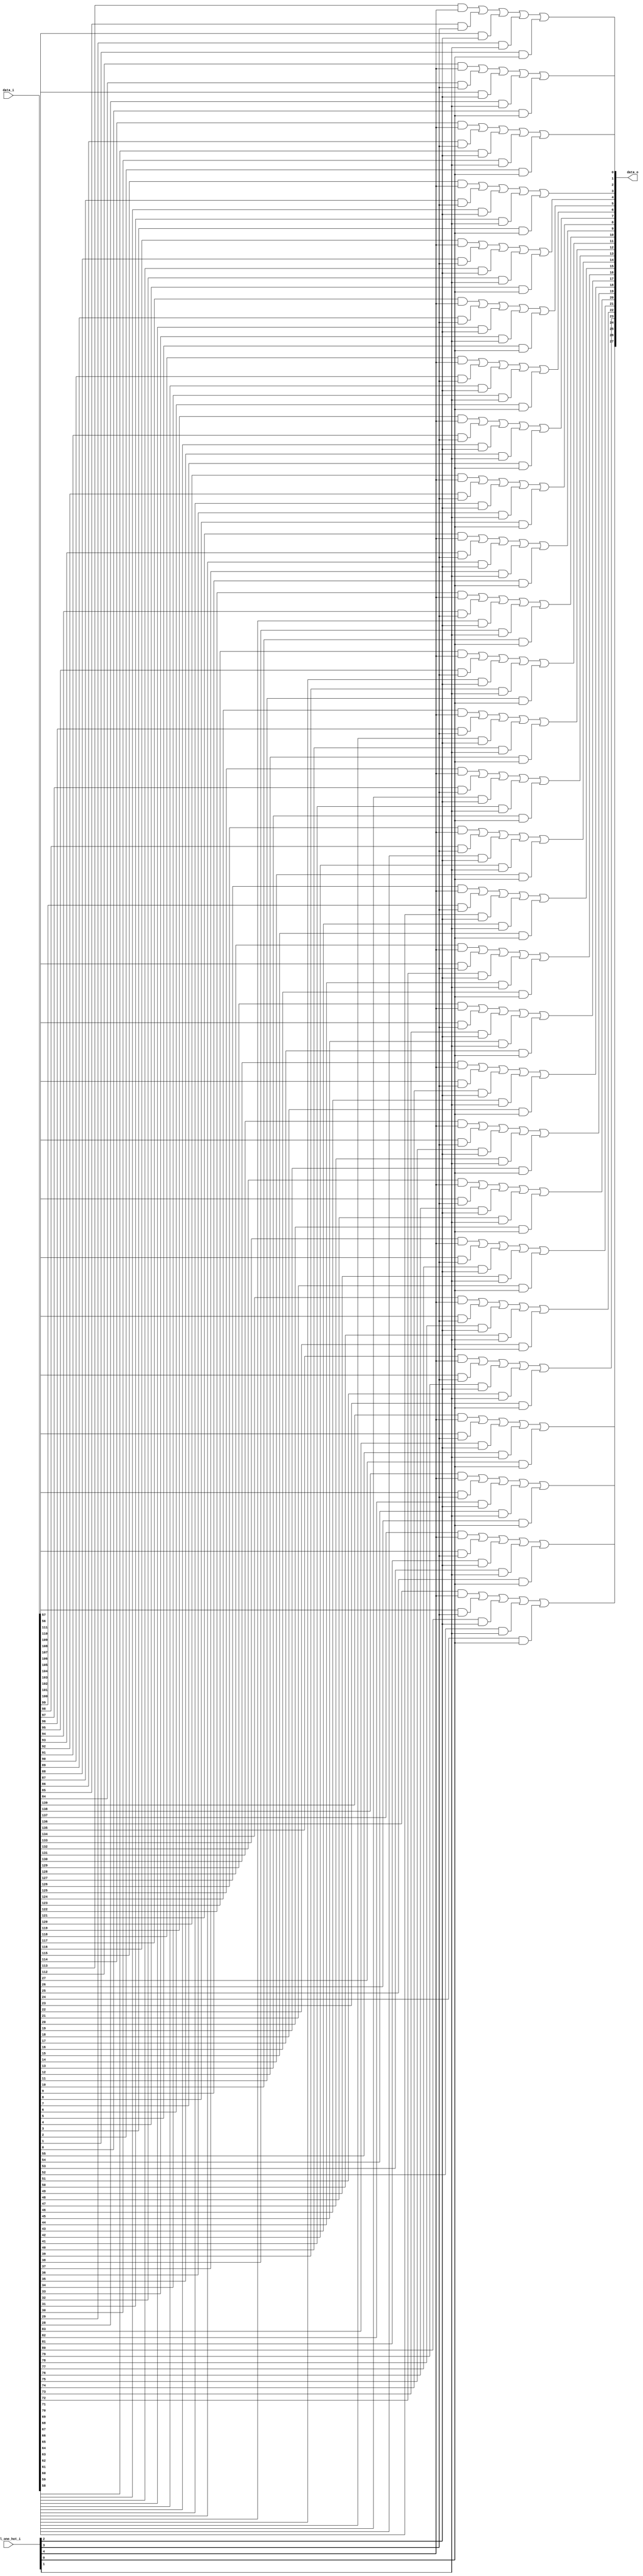
module bsg_mux_one_hot_width_p28_els_p5
(
  data_i,
  sel_one_hot_i,
  data_o
);

  input [139:0] data_i;
  input [4:0] sel_one_hot_i;
  output [27:0] data_o;
  wire [27:0] data_o;
  wire N0,N1,N2,N3,N4,N5,N6,N7,N8,N9,N10,N11,N12,N13,N14,N15,N16,N17,N18,N19,N20,N21,
  N22,N23,N24,N25,N26,N27,N28,N29,N30,N31,N32,N33,N34,N35,N36,N37,N38,N39,N40,N41,
  N42,N43,N44,N45,N46,N47,N48,N49,N50,N51,N52,N53,N54,N55,N56,N57,N58,N59,N60,N61,
  N62,N63,N64,N65,N66,N67,N68,N69,N70,N71,N72,N73,N74,N75,N76,N77,N78,N79,N80,N81,
  N82,N83;
  wire [139:0] data_masked;
  assign data_masked[27] = data_i[27] & sel_one_hot_i[0];
  assign data_masked[26] = data_i[26] & sel_one_hot_i[0];
  assign data_masked[25] = data_i[25] & sel_one_hot_i[0];
  assign data_masked[24] = data_i[24] & sel_one_hot_i[0];
  assign data_masked[23] = data_i[23] & sel_one_hot_i[0];
  assign data_masked[22] = data_i[22] & sel_one_hot_i[0];
  assign data_masked[21] = data_i[21] & sel_one_hot_i[0];
  assign data_masked[20] = data_i[20] & sel_one_hot_i[0];
  assign data_masked[19] = data_i[19] & sel_one_hot_i[0];
  assign data_masked[18] = data_i[18] & sel_one_hot_i[0];
  assign data_masked[17] = data_i[17] & sel_one_hot_i[0];
  assign data_masked[16] = data_i[16] & sel_one_hot_i[0];
  assign data_masked[15] = data_i[15] & sel_one_hot_i[0];
  assign data_masked[14] = data_i[14] & sel_one_hot_i[0];
  assign data_masked[13] = data_i[13] & sel_one_hot_i[0];
  assign data_masked[12] = data_i[12] & sel_one_hot_i[0];
  assign data_masked[11] = data_i[11] & sel_one_hot_i[0];
  assign data_masked[10] = data_i[10] & sel_one_hot_i[0];
  assign data_masked[9] = data_i[9] & sel_one_hot_i[0];
  assign data_masked[8] = data_i[8] & sel_one_hot_i[0];
  assign data_masked[7] = data_i[7] & sel_one_hot_i[0];
  assign data_masked[6] = data_i[6] & sel_one_hot_i[0];
  assign data_masked[5] = data_i[5] & sel_one_hot_i[0];
  assign data_masked[4] = data_i[4] & sel_one_hot_i[0];
  assign data_masked[3] = data_i[3] & sel_one_hot_i[0];
  assign data_masked[2] = data_i[2] & sel_one_hot_i[0];
  assign data_masked[1] = data_i[1] & sel_one_hot_i[0];
  assign data_masked[0] = data_i[0] & sel_one_hot_i[0];
  assign data_masked[55] = data_i[55] & sel_one_hot_i[1];
  assign data_masked[54] = data_i[54] & sel_one_hot_i[1];
  assign data_masked[53] = data_i[53] & sel_one_hot_i[1];
  assign data_masked[52] = data_i[52] & sel_one_hot_i[1];
  assign data_masked[51] = data_i[51] & sel_one_hot_i[1];
  assign data_masked[50] = data_i[50] & sel_one_hot_i[1];
  assign data_masked[49] = data_i[49] & sel_one_hot_i[1];
  assign data_masked[48] = data_i[48] & sel_one_hot_i[1];
  assign data_masked[47] = data_i[47] & sel_one_hot_i[1];
  assign data_masked[46] = data_i[46] & sel_one_hot_i[1];
  assign data_masked[45] = data_i[45] & sel_one_hot_i[1];
  assign data_masked[44] = data_i[44] & sel_one_hot_i[1];
  assign data_masked[43] = data_i[43] & sel_one_hot_i[1];
  assign data_masked[42] = data_i[42] & sel_one_hot_i[1];
  assign data_masked[41] = data_i[41] & sel_one_hot_i[1];
  assign data_masked[40] = data_i[40] & sel_one_hot_i[1];
  assign data_masked[39] = data_i[39] & sel_one_hot_i[1];
  assign data_masked[38] = data_i[38] & sel_one_hot_i[1];
  assign data_masked[37] = data_i[37] & sel_one_hot_i[1];
  assign data_masked[36] = data_i[36] & sel_one_hot_i[1];
  assign data_masked[35] = data_i[35] & sel_one_hot_i[1];
  assign data_masked[34] = data_i[34] & sel_one_hot_i[1];
  assign data_masked[33] = data_i[33] & sel_one_hot_i[1];
  assign data_masked[32] = data_i[32] & sel_one_hot_i[1];
  assign data_masked[31] = data_i[31] & sel_one_hot_i[1];
  assign data_masked[30] = data_i[30] & sel_one_hot_i[1];
  assign data_masked[29] = data_i[29] & sel_one_hot_i[1];
  assign data_masked[28] = data_i[28] & sel_one_hot_i[1];
  assign data_masked[83] = data_i[83] & sel_one_hot_i[2];
  assign data_masked[82] = data_i[82] & sel_one_hot_i[2];
  assign data_masked[81] = data_i[81] & sel_one_hot_i[2];
  assign data_masked[80] = data_i[80] & sel_one_hot_i[2];
  assign data_masked[79] = data_i[79] & sel_one_hot_i[2];
  assign data_masked[78] = data_i[78] & sel_one_hot_i[2];
  assign data_masked[77] = data_i[77] & sel_one_hot_i[2];
  assign data_masked[76] = data_i[76] & sel_one_hot_i[2];
  assign data_masked[75] = data_i[75] & sel_one_hot_i[2];
  assign data_masked[74] = data_i[74] & sel_one_hot_i[2];
  assign data_masked[73] = data_i[73] & sel_one_hot_i[2];
  assign data_masked[72] = data_i[72] & sel_one_hot_i[2];
  assign data_masked[71] = data_i[71] & sel_one_hot_i[2];
  assign data_masked[70] = data_i[70] & sel_one_hot_i[2];
  assign data_masked[69] = data_i[69] & sel_one_hot_i[2];
  assign data_masked[68] = data_i[68] & sel_one_hot_i[2];
  assign data_masked[67] = data_i[67] & sel_one_hot_i[2];
  assign data_masked[66] = data_i[66] & sel_one_hot_i[2];
  assign data_masked[65] = data_i[65] & sel_one_hot_i[2];
  assign data_masked[64] = data_i[64] & sel_one_hot_i[2];
  assign data_masked[63] = data_i[63] & sel_one_hot_i[2];
  assign data_masked[62] = data_i[62] & sel_one_hot_i[2];
  assign data_masked[61] = data_i[61] & sel_one_hot_i[2];
  assign data_masked[60] = data_i[60] & sel_one_hot_i[2];
  assign data_masked[59] = data_i[59] & sel_one_hot_i[2];
  assign data_masked[58] = data_i[58] & sel_one_hot_i[2];
  assign data_masked[57] = data_i[57] & sel_one_hot_i[2];
  assign data_masked[56] = data_i[56] & sel_one_hot_i[2];
  assign data_masked[111] = data_i[111] & sel_one_hot_i[3];
  assign data_masked[110] = data_i[110] & sel_one_hot_i[3];
  assign data_masked[109] = data_i[109] & sel_one_hot_i[3];
  assign data_masked[108] = data_i[108] & sel_one_hot_i[3];
  assign data_masked[107] = data_i[107] & sel_one_hot_i[3];
  assign data_masked[106] = data_i[106] & sel_one_hot_i[3];
  assign data_masked[105] = data_i[105] & sel_one_hot_i[3];
  assign data_masked[104] = data_i[104] & sel_one_hot_i[3];
  assign data_masked[103] = data_i[103] & sel_one_hot_i[3];
  assign data_masked[102] = data_i[102] & sel_one_hot_i[3];
  assign data_masked[101] = data_i[101] & sel_one_hot_i[3];
  assign data_masked[100] = data_i[100] & sel_one_hot_i[3];
  assign data_masked[99] = data_i[99] & sel_one_hot_i[3];
  assign data_masked[98] = data_i[98] & sel_one_hot_i[3];
  assign data_masked[97] = data_i[97] & sel_one_hot_i[3];
  assign data_masked[96] = data_i[96] & sel_one_hot_i[3];
  assign data_masked[95] = data_i[95] & sel_one_hot_i[3];
  assign data_masked[94] = data_i[94] & sel_one_hot_i[3];
  assign data_masked[93] = data_i[93] & sel_one_hot_i[3];
  assign data_masked[92] = data_i[92] & sel_one_hot_i[3];
  assign data_masked[91] = data_i[91] & sel_one_hot_i[3];
  assign data_masked[90] = data_i[90] & sel_one_hot_i[3];
  assign data_masked[89] = data_i[89] & sel_one_hot_i[3];
  assign data_masked[88] = data_i[88] & sel_one_hot_i[3];
  assign data_masked[87] = data_i[87] & sel_one_hot_i[3];
  assign data_masked[86] = data_i[86] & sel_one_hot_i[3];
  assign data_masked[85] = data_i[85] & sel_one_hot_i[3];
  assign data_masked[84] = data_i[84] & sel_one_hot_i[3];
  assign data_masked[139] = data_i[139] & sel_one_hot_i[4];
  assign data_masked[138] = data_i[138] & sel_one_hot_i[4];
  assign data_masked[137] = data_i[137] & sel_one_hot_i[4];
  assign data_masked[136] = data_i[136] & sel_one_hot_i[4];
  assign data_masked[135] = data_i[135] & sel_one_hot_i[4];
  assign data_masked[134] = data_i[134] & sel_one_hot_i[4];
  assign data_masked[133] = data_i[133] & sel_one_hot_i[4];
  assign data_masked[132] = data_i[132] & sel_one_hot_i[4];
  assign data_masked[131] = data_i[131] & sel_one_hot_i[4];
  assign data_masked[130] = data_i[130] & sel_one_hot_i[4];
  assign data_masked[129] = data_i[129] & sel_one_hot_i[4];
  assign data_masked[128] = data_i[128] & sel_one_hot_i[4];
  assign data_masked[127] = data_i[127] & sel_one_hot_i[4];
  assign data_masked[126] = data_i[126] & sel_one_hot_i[4];
  assign data_masked[125] = data_i[125] & sel_one_hot_i[4];
  assign data_masked[124] = data_i[124] & sel_one_hot_i[4];
  assign data_masked[123] = data_i[123] & sel_one_hot_i[4];
  assign data_masked[122] = data_i[122] & sel_one_hot_i[4];
  assign data_masked[121] = data_i[121] & sel_one_hot_i[4];
  assign data_masked[120] = data_i[120] & sel_one_hot_i[4];
  assign data_masked[119] = data_i[119] & sel_one_hot_i[4];
  assign data_masked[118] = data_i[118] & sel_one_hot_i[4];
  assign data_masked[117] = data_i[117] & sel_one_hot_i[4];
  assign data_masked[116] = data_i[116] & sel_one_hot_i[4];
  assign data_masked[115] = data_i[115] & sel_one_hot_i[4];
  assign data_masked[114] = data_i[114] & sel_one_hot_i[4];
  assign data_masked[113] = data_i[113] & sel_one_hot_i[4];
  assign data_masked[112] = data_i[112] & sel_one_hot_i[4];
  assign data_o[0] = N2 | data_masked[0];
  assign N2 = N1 | data_masked[28];
  assign N1 = N0 | data_masked[56];
  assign N0 = data_masked[112] | data_masked[84];
  assign data_o[1] = N5 | data_masked[1];
  assign N5 = N4 | data_masked[29];
  assign N4 = N3 | data_masked[57];
  assign N3 = data_masked[113] | data_masked[85];
  assign data_o[2] = N8 | data_masked[2];
  assign N8 = N7 | data_masked[30];
  assign N7 = N6 | data_masked[58];
  assign N6 = data_masked[114] | data_masked[86];
  assign data_o[3] = N11 | data_masked[3];
  assign N11 = N10 | data_masked[31];
  assign N10 = N9 | data_masked[59];
  assign N9 = data_masked[115] | data_masked[87];
  assign data_o[4] = N14 | data_masked[4];
  assign N14 = N13 | data_masked[32];
  assign N13 = N12 | data_masked[60];
  assign N12 = data_masked[116] | data_masked[88];
  assign data_o[5] = N17 | data_masked[5];
  assign N17 = N16 | data_masked[33];
  assign N16 = N15 | data_masked[61];
  assign N15 = data_masked[117] | data_masked[89];
  assign data_o[6] = N20 | data_masked[6];
  assign N20 = N19 | data_masked[34];
  assign N19 = N18 | data_masked[62];
  assign N18 = data_masked[118] | data_masked[90];
  assign data_o[7] = N23 | data_masked[7];
  assign N23 = N22 | data_masked[35];
  assign N22 = N21 | data_masked[63];
  assign N21 = data_masked[119] | data_masked[91];
  assign data_o[8] = N26 | data_masked[8];
  assign N26 = N25 | data_masked[36];
  assign N25 = N24 | data_masked[64];
  assign N24 = data_masked[120] | data_masked[92];
  assign data_o[9] = N29 | data_masked[9];
  assign N29 = N28 | data_masked[37];
  assign N28 = N27 | data_masked[65];
  assign N27 = data_masked[121] | data_masked[93];
  assign data_o[10] = N32 | data_masked[10];
  assign N32 = N31 | data_masked[38];
  assign N31 = N30 | data_masked[66];
  assign N30 = data_masked[122] | data_masked[94];
  assign data_o[11] = N35 | data_masked[11];
  assign N35 = N34 | data_masked[39];
  assign N34 = N33 | data_masked[67];
  assign N33 = data_masked[123] | data_masked[95];
  assign data_o[12] = N38 | data_masked[12];
  assign N38 = N37 | data_masked[40];
  assign N37 = N36 | data_masked[68];
  assign N36 = data_masked[124] | data_masked[96];
  assign data_o[13] = N41 | data_masked[13];
  assign N41 = N40 | data_masked[41];
  assign N40 = N39 | data_masked[69];
  assign N39 = data_masked[125] | data_masked[97];
  assign data_o[14] = N44 | data_masked[14];
  assign N44 = N43 | data_masked[42];
  assign N43 = N42 | data_masked[70];
  assign N42 = data_masked[126] | data_masked[98];
  assign data_o[15] = N47 | data_masked[15];
  assign N47 = N46 | data_masked[43];
  assign N46 = N45 | data_masked[71];
  assign N45 = data_masked[127] | data_masked[99];
  assign data_o[16] = N50 | data_masked[16];
  assign N50 = N49 | data_masked[44];
  assign N49 = N48 | data_masked[72];
  assign N48 = data_masked[128] | data_masked[100];
  assign data_o[17] = N53 | data_masked[17];
  assign N53 = N52 | data_masked[45];
  assign N52 = N51 | data_masked[73];
  assign N51 = data_masked[129] | data_masked[101];
  assign data_o[18] = N56 | data_masked[18];
  assign N56 = N55 | data_masked[46];
  assign N55 = N54 | data_masked[74];
  assign N54 = data_masked[130] | data_masked[102];
  assign data_o[19] = N59 | data_masked[19];
  assign N59 = N58 | data_masked[47];
  assign N58 = N57 | data_masked[75];
  assign N57 = data_masked[131] | data_masked[103];
  assign data_o[20] = N62 | data_masked[20];
  assign N62 = N61 | data_masked[48];
  assign N61 = N60 | data_masked[76];
  assign N60 = data_masked[132] | data_masked[104];
  assign data_o[21] = N65 | data_masked[21];
  assign N65 = N64 | data_masked[49];
  assign N64 = N63 | data_masked[77];
  assign N63 = data_masked[133] | data_masked[105];
  assign data_o[22] = N68 | data_masked[22];
  assign N68 = N67 | data_masked[50];
  assign N67 = N66 | data_masked[78];
  assign N66 = data_masked[134] | data_masked[106];
  assign data_o[23] = N71 | data_masked[23];
  assign N71 = N70 | data_masked[51];
  assign N70 = N69 | data_masked[79];
  assign N69 = data_masked[135] | data_masked[107];
  assign data_o[24] = N74 | data_masked[24];
  assign N74 = N73 | data_masked[52];
  assign N73 = N72 | data_masked[80];
  assign N72 = data_masked[136] | data_masked[108];
  assign data_o[25] = N77 | data_masked[25];
  assign N77 = N76 | data_masked[53];
  assign N76 = N75 | data_masked[81];
  assign N75 = data_masked[137] | data_masked[109];
  assign data_o[26] = N80 | data_masked[26];
  assign N80 = N79 | data_masked[54];
  assign N79 = N78 | data_masked[82];
  assign N78 = data_masked[138] | data_masked[110];
  assign data_o[27] = N83 | data_masked[27];
  assign N83 = N82 | data_masked[55];
  assign N82 = N81 | data_masked[83];
  assign N81 = data_masked[139] | data_masked[111];

endmodule